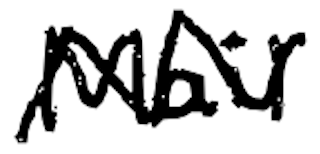
Text: Mail
Cross-out: zig-zag
Writing tool: digital_black